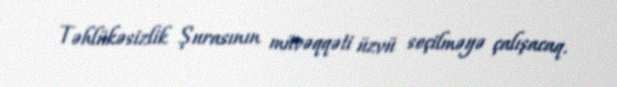
Təhlükəsizlik Şurasının müvəqqəti üzvü seçilməyə çalışacaq.